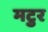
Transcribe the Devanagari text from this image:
मटुर